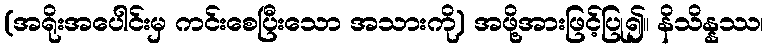
(အရိုးအပေါင်းမှ ကင်းစေပြီးသော အသားကို) အဖို့အားဖြင့်ပြု၍။ နိသိန္နဿ၊